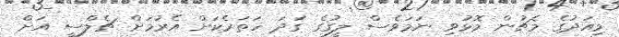
މިއަދުގެ މެޗުން މޮޅުވި ނަމަވެސް ލީގުގެ ގަދަ ހަތަރެކަށް އެރުމަށް ޗެލްސީ އަށް